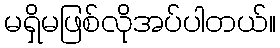
မရှိမဖြစ်လိုအပ်ပါတယ်။